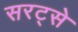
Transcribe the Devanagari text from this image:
सरट्से